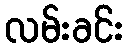
လမ်းခင်း